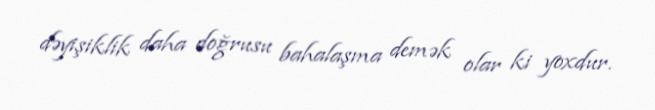
dəyişiklik daha doğrusu bahalaşma demək olar ki yoxdur.